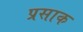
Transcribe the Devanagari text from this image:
प्रसाक